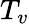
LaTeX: T_{v}